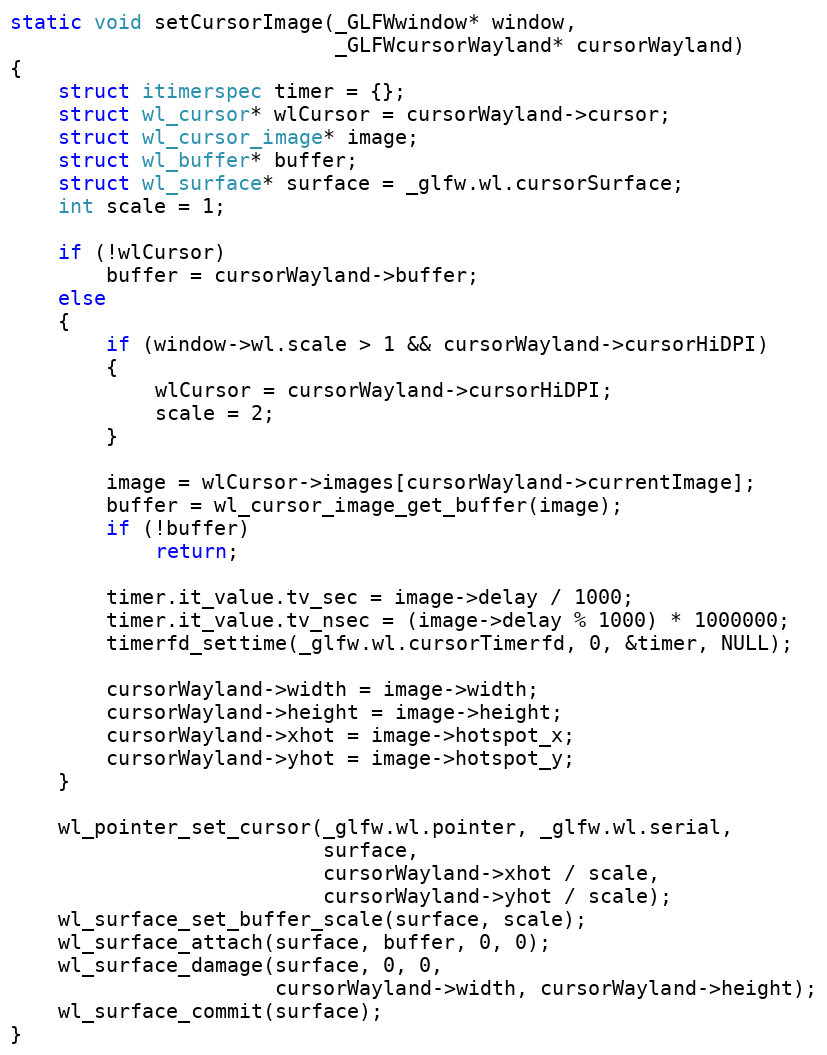
Language: C
static void setCursorImage(_GLFWwindow* window,
                           _GLFWcursorWayland* cursorWayland)
{
    struct itimerspec timer = {};
    struct wl_cursor* wlCursor = cursorWayland->cursor;
    struct wl_cursor_image* image;
    struct wl_buffer* buffer;
    struct wl_surface* surface = _glfw.wl.cursorSurface;
    int scale = 1;

    if (!wlCursor)
        buffer = cursorWayland->buffer;
    else
    {
        if (window->wl.scale > 1 && cursorWayland->cursorHiDPI)
        {
            wlCursor = cursorWayland->cursorHiDPI;
            scale = 2;
        }

        image = wlCursor->images[cursorWayland->currentImage];
        buffer = wl_cursor_image_get_buffer(image);
        if (!buffer)
            return;

        timer.it_value.tv_sec = image->delay / 1000;
        timer.it_value.tv_nsec = (image->delay % 1000) * 1000000;
        timerfd_settime(_glfw.wl.cursorTimerfd, 0, &timer, NULL);

        cursorWayland->width = image->width;
        cursorWayland->height = image->height;
        cursorWayland->xhot = image->hotspot_x;
        cursorWayland->yhot = image->hotspot_y;
    }

    wl_pointer_set_cursor(_glfw.wl.pointer, _glfw.wl.serial,
                          surface,
                          cursorWayland->xhot / scale,
                          cursorWayland->yhot / scale);
    wl_surface_set_buffer_scale(surface, scale);
    wl_surface_attach(surface, buffer, 0, 0);
    wl_surface_damage(surface, 0, 0,
                      cursorWayland->width, cursorWayland->height);
    wl_surface_commit(surface);
}